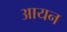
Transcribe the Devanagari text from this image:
अायन